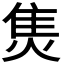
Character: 𤊙